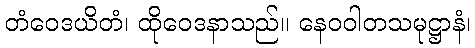
တံဝေဒယိတံ၊ ထိုဝေဒနာသည်။ နေဝဝါတသမုဋ္ဌာနံ၊